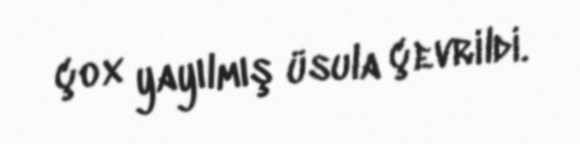
çox yayılmış üsula çevrildi.